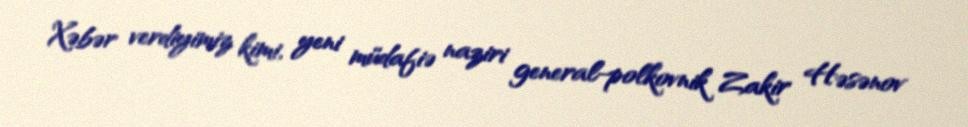
Xəbər verdiyimiz kimi, yeni müdafiə naziri general-polkovnik Zakir Həsənov